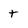
Character: t